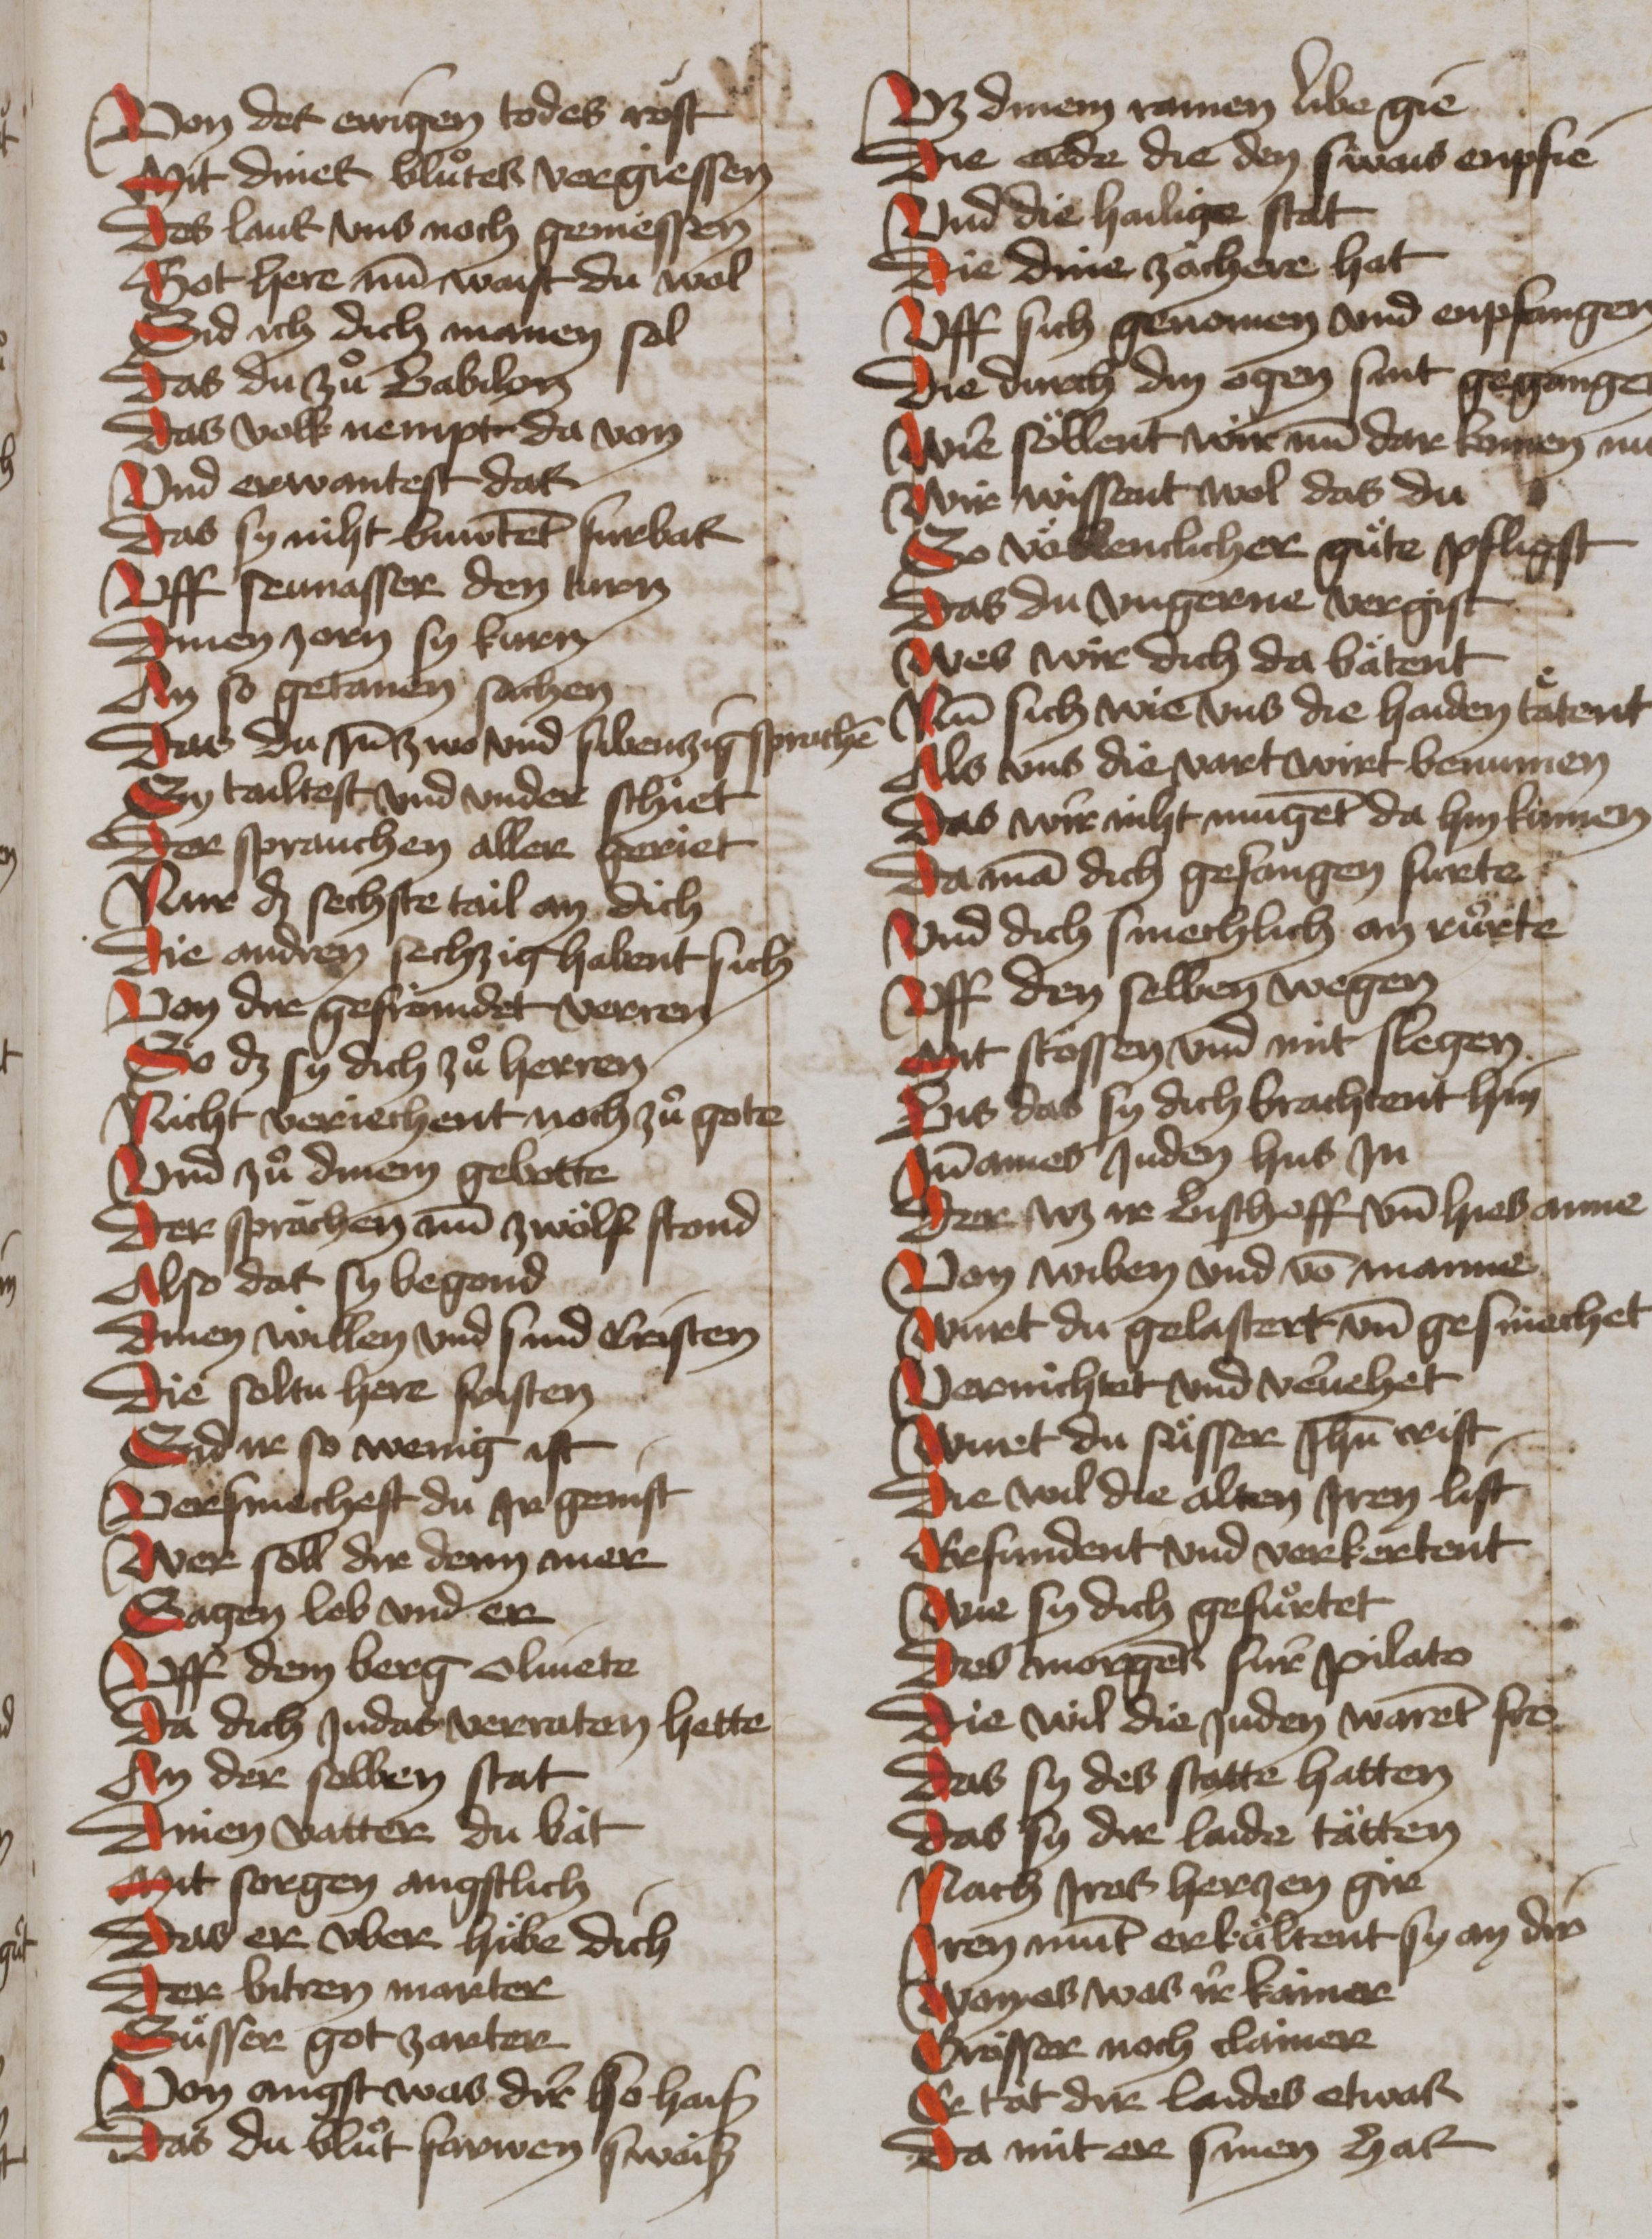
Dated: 1465–1465